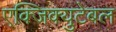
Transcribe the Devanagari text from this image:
एक्जिक्युटेबल